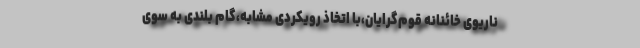
ناریوی خائنانه قوم‌گرایان،با اتخاذ رویکردی مشابه،گام بلندی به سوی